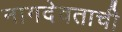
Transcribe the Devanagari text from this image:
नागदेवताची